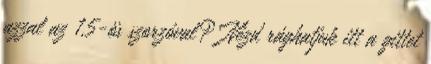
azzal az 1,5-ös szorzóval? Nézd rághatjuk itt a gittet